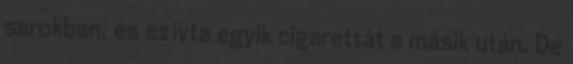
sarokban, és szívta egyik cigarettát a másik után. De